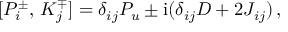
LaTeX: { } [ P _ { i } ^ { \pm } , \, K _ { j } ^ { \mp } ] = \delta _ { i j } P _ { u } \pm \mathrm { i } ( \delta _ { i j } D + 2 J _ { i j } ) \, ,